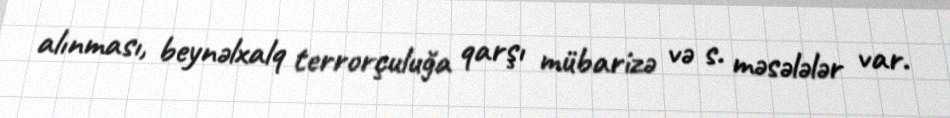
alınması, beynəlxalq terrorçuluğa qarşı mübarizə və s. məsələlər var.